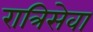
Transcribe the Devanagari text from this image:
रात्रिसेवा